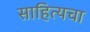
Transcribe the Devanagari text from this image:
साहित्यचा